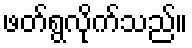
ဖတ်ရွလိုက်သည်။